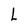
Character: L